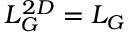
L _ { G } ^ { 2 D } = L _ { G }